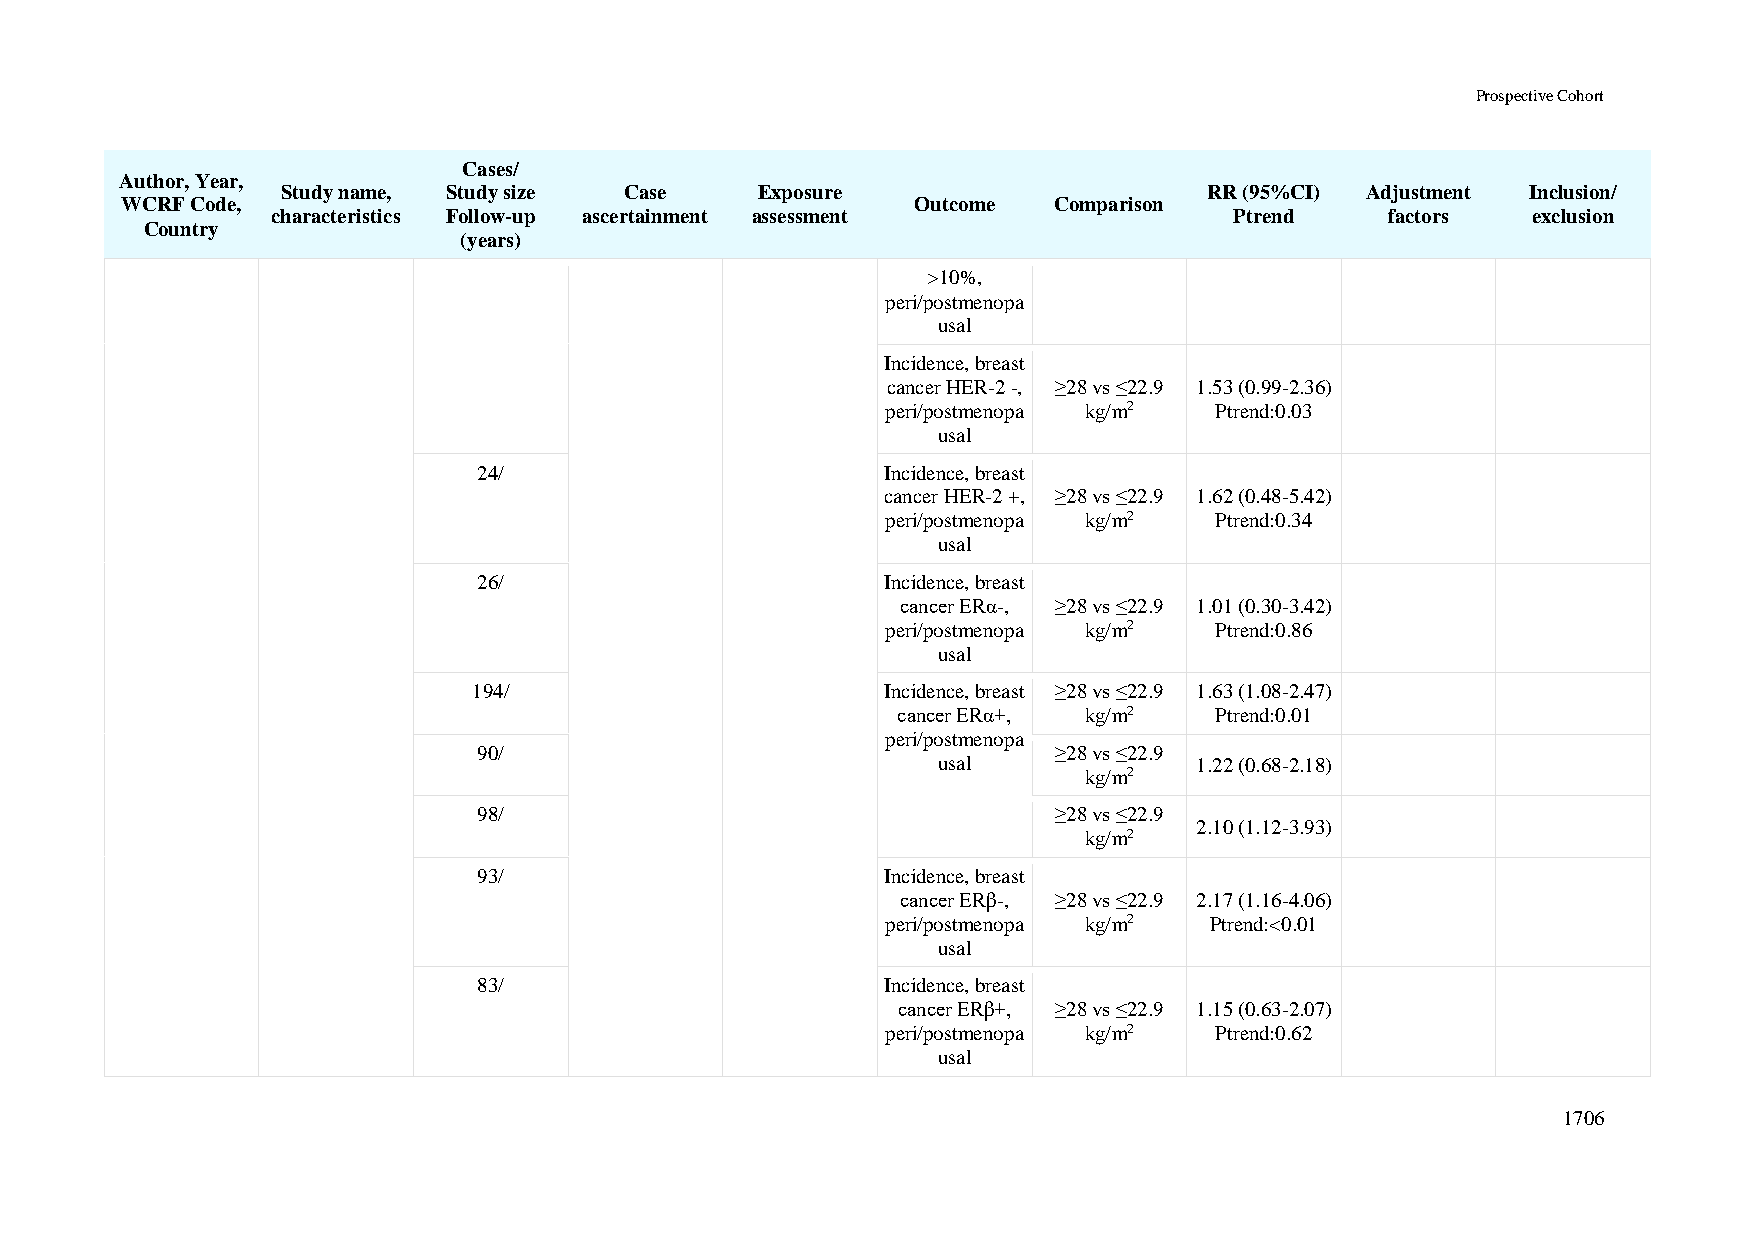
Prospective Cohort
 Cases/
 Author, Year,
 Study name, Study size Case    Exposure                      RR (95%CI) Adjustment Inclusion/
 WCRF Code,                                           Outcome  Comparison
 characteristics Follow-up ascertainment assessment              Ptrend    factors  exclusion
 Country
 (years)
 >10%,
 peri/postmenopa
 usal
 Incidence, breast
 cancer HER-2 -, ≥28 vs ≤22.9 1.53 (0.99-2.36)
 peri/postmenopa kg/m2 Ptrend:0.03
 usal
 24/                        Incidence, breast
 cancer HER-2 +, ≥28 vs ≤22.9 1.62 (0.48-5.42)
 peri/postmenopa kg/m2 Ptrend:0.34
 usal
 26/                        Incidence, breast
 cancer ERα-, ≥28 vs ≤22.9 1.01 (0.30-3.42)
 peri/postmenopa kg/m2 Ptrend:0.86
 usal
 194/                        Incidence, breast ≥28 vs ≤22.9 1.63 (1.08-2.47)
 cancer ERα+, kg/m2   Ptrend:0.01
 peri/postmenopa
 90/                                   ≥28 vs ≤22.9
 usal             1.22 (0.68-2.18)
 kg/m2
 98/                                   ≥28 vs ≤22.9
 2.10 (1.12-3.93)
 kg/m2
 93/                        Incidence, breast
 cancer ERβ-, ≥28 vs ≤22.9 2.17 (1.16-4.06)
 peri/postmenopa kg/m2 Ptrend:<0.01
 usal
 83/                        Incidence, breast
 cancer ERβ+, ≥28 vs ≤22.9 1.15 (0.63-2.07)
 peri/postmenopa kg/m2 Ptrend:0.62
 usal
 1706